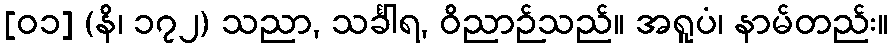
[၀၁] (နိ၊ ၁၇၂) သညာ, သင်္ခါရ, ဝိညာဉ်သည်။ အရူပံ၊ နာမ်တည်း။